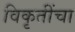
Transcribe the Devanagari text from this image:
विकृतींचा